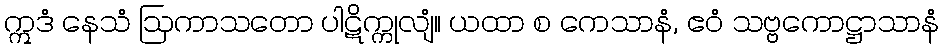
ဣဒံ နေသံ ဩကာသတော ပါဋိက္ကုလျံ။ ယထာ စ ကေသာနံ, ဧဝံ သဗ္ဗကောဋ္ဌာသာနံ